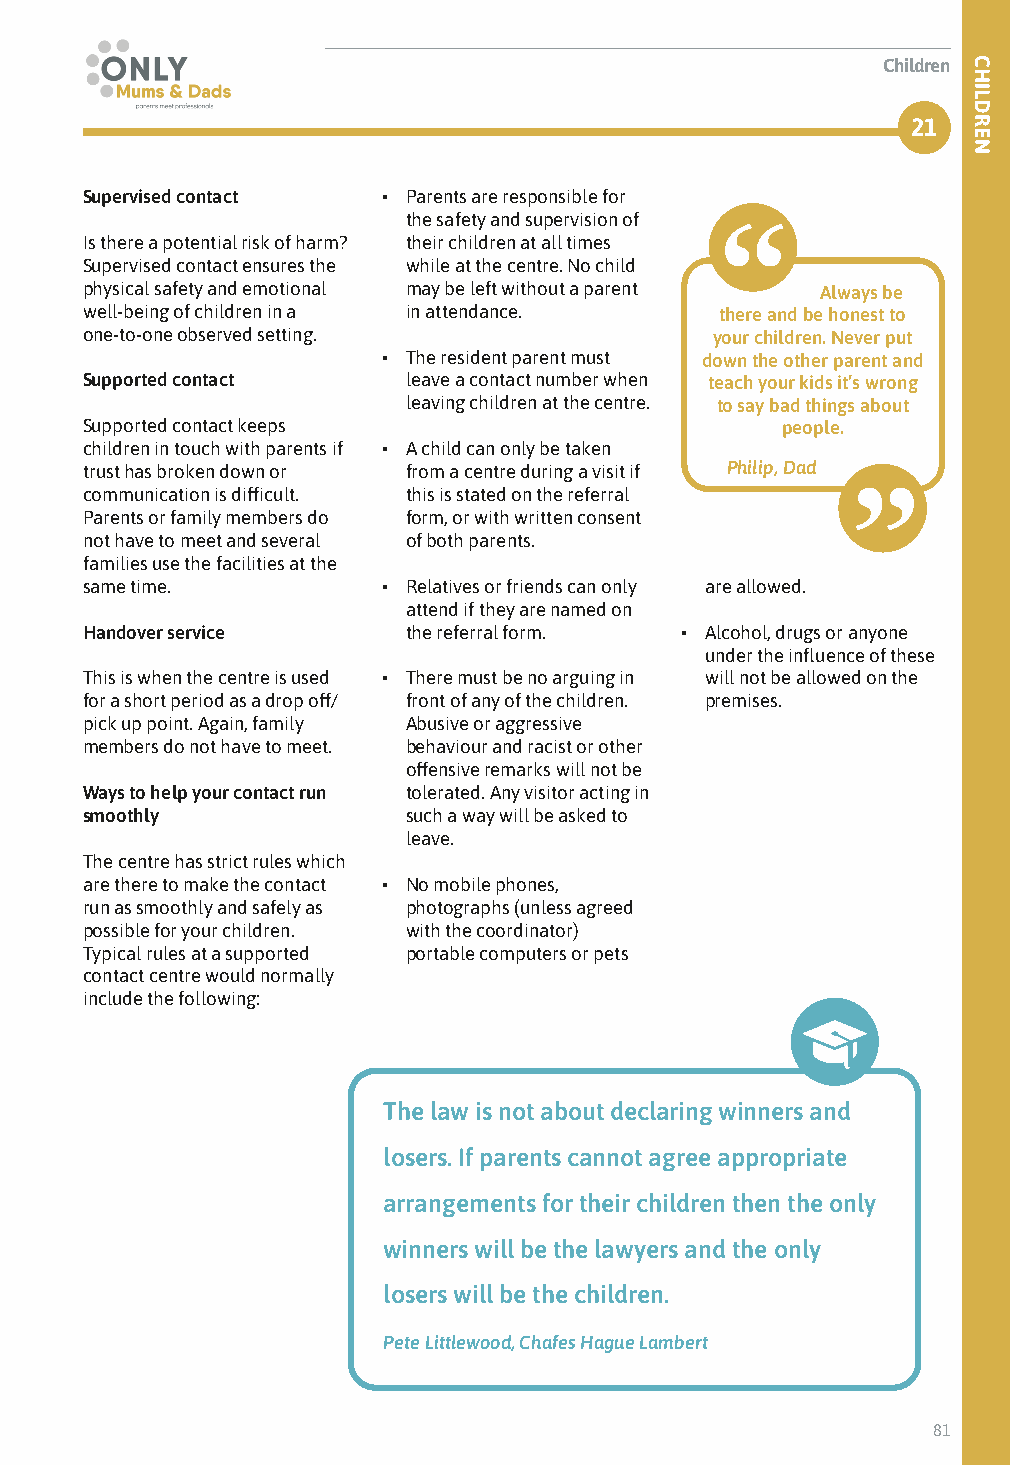
Children
 21
 Supervised contact  • Parents are responsible for
 the safety and supervision of
 Is there a potential risk of harm? their children at all times
 Supervised contact ensures the while at the centre. No child
 physical safety and emotional may be left without a parent Always be
 well-being of children in a in attendance. there and be honest to
 one-to-one observed setting.              your children. Never put
 • The resident parent must down the other parent and
 Supported contact     leave a contact number when teach your kids it’s wrong
 leaving children at the centre. to say bad things about
 Supported contact keeps                        people.
 children in touch with parents if • A child can only be taken
 trust has broken down or from a centre during a visit if Philip, Dad
 communication is difficult. this is stated on the referral
 Parents or family members do form, or with written consent
 not have to meet and several of both parents.
 families use the facilities at the
 same time.          • Relatives or friends can only are allowed.
 attend if they are named on
 Handover service      the referral form. • Alcohol, drugs or anyone
 under the influence of these
 This is when the centre is used • There must be no arguing in will not be allowed on the
 for a short period as a drop off/ front of any of the children. premises.
 pick up point. Again, family Abusive or aggressive
 members do not have to meet. behaviour and racist or other
 offensive remarks will not be
 Ways to help your contact run tolerated. Any visitor acting in
 smoothly              such a way will be asked to
 leave.
 The centre has strict rules which
 are there to make the contact • No mobile phones,
 run as smoothly and safely as photographs (unless agreed
 possible for your children. with the coordinator)
 Typical rules at a supported portable computers or pets
 contact centre would normally
 include the following:
 The law is not about declaring winners and
 losers. If parents cannot agree appropriate
 arrangements for their children then the only
 winners will be the lawyers and the only
 losers will be the children.
 Pete Littlewood, Chafes Hague Lambert
 81
 CHILDREN